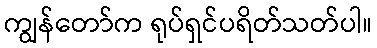
ကျွန်တော်က ရုပ်ရှင်ပရိတ်သတ်ပါ။